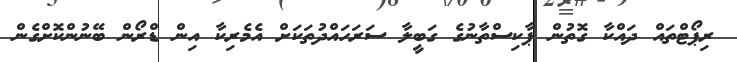
ރިޕޯޓްތައް ދައްކާ ގޮތުން ޕާކިސްތާނުގެ ގަބީލާ ސަރަހައްދުތަކަށް އެމެރިކާ އިން ޑްރޯން ބޭނުންކޮށްގެން